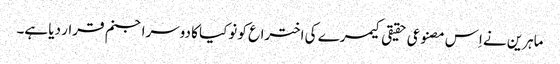
ماہرین نے اِس مصنوعی حقیقی کیمرے کی اختراع کو نوکیا کا دوسرا جنم قرار دیا ہے۔